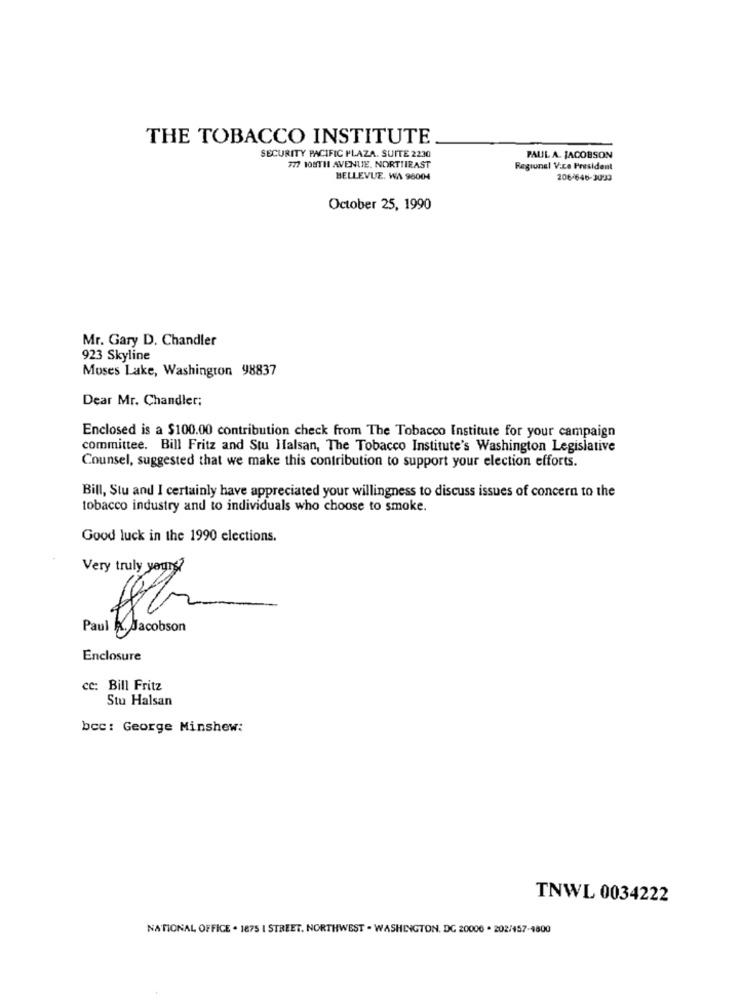
THE TOBACCO INSTITUTE
SECURITY PACIFIC PLAZA. SUITE 2230
PAUL A. JACOBSON
777 108TH AVENUE. NORTHIRAST
Regional Vice President
BELLEVUE. WA 96004
206/648-3020
October 25, 1990
Mr. Gary D. Chandler
923 Skyline
Moses Lake, Washington 98837
Dear Mr. Chandler;
Enclosed is a $100.00 contribution check from The Tobacco Institute for your campaign
committee. Bill Fritz and Stu Halsan, The Tobacco Institute's Washington Legislative
Counsel, suggested that we make this contribution to support your election efforts.
Bill, Stu and I certainly have appreciated your willingness to discuss issues of concern to the
tobacco industry and to individuals who choose to smoke.
Good luck in the 1990 elections.
Very truly yamış?
Paul K. Jacobson
Enclosure
cc: Bill Fritz
Stu Halsan
bcc: George Minshew:
TNWL 0034222
NATIONAL OFFICE . 1875 | STREET, NORTHWEST . WASHINGTON, DC 20006 . 202/157-4800